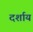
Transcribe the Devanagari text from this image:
दर्शाय